Leaving Certificate Examination (including Day School Certificate (Higher) General paper), 1930
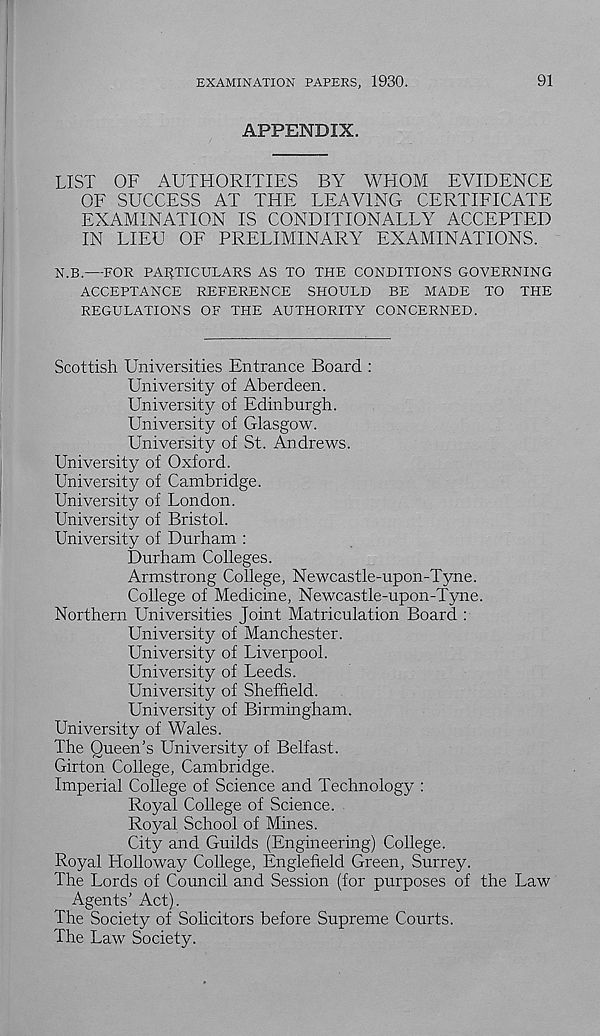
EXAMINATION PAPERS, 1930.
91
APPENDIX.
LIST OF AUTHORITIES BY WHOM EVIDENCE
OF SUCCESS AT THE LEAVING CERTIFICATE
EXAMINATION IS CONDITIONALLY ACCEPTED
IN LIEU OF PRELIMINARY EXAMINATIONS.
N.B.—FOR PARTICULARS AS TO THE CONDITIONS GOVERNING
ACCEPTANCE REFERENCE SHOULD BE MADE TO THE
REGULATIONS OF THE AUTHORITY CONCERNED.
Scottish Universities Entrance Board :
University of Aberdeen.
University of Edinburgh.
University of Glasgow.
University of St. Andrews.
University of Oxford.
University of Cambridge.
University of London.
University of Bristol.
University of Durham :
Durham Colleges.
Armstrong College, Newcastle-upon-Tyne.
College of Medicine, Newcastle-upon-Tyne.
Northern Universities Joint Matriculation Board :
University of Manchester.
University of Liverpool.
University of Leeds.
University of Sheffield.
University of Birmingham.
University of Wales.
The Queen's University of Belfast.
Girton College, Cambridge.
Imperial College of Science and Technology :
Royal College of Science.
Royal School of Mines.
City and Guilds (Engineering) College.
Royal Plolloway College, Englefield Green, Surrey.
The Lords of Council and Session (for purposes of the Law
Agents’ Act).
The Society of Solicitors before Supreme Courts.
The Law Society.